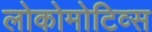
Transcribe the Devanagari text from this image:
लोकोमोटिव्स